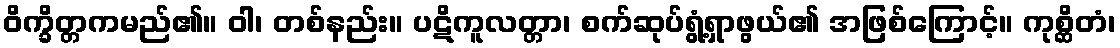
ဝိက္ခိတ္တကမည်၏။ ဝါ၊ တစ်နည်း။ ပဋိကူလတ္တာ၊ စက်ဆုပ်ရွံ့ရှာဖွယ်၏ အဖြစ်ကြောင့်။ ကုစ္ဆိတံ၊